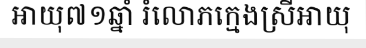
អាយុ៧១ឆ្នាំ រំលោភក្មេងស្រីអាយុ